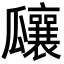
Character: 𤬞